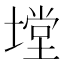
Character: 𭏠